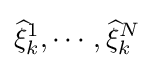
{\widehat {\xi }}_{k}^{1},\cdots ,{\widehat {\xi }}_{k}^{N}